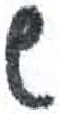
אות: ש